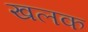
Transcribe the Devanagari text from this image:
खलक